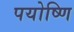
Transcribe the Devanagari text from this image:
पयोष्णि